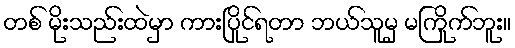
တစ် မိုးသည်းထဲမှာ ကားပြိုင်ရတာ ဘယ်သူမှ မကြိုက်ဘူး။